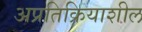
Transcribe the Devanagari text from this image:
अप्रतिक्रियाशील